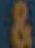
&